Civil Veterinary Dept. Assam report 1927-50 - 1927-1950
Year: 1927
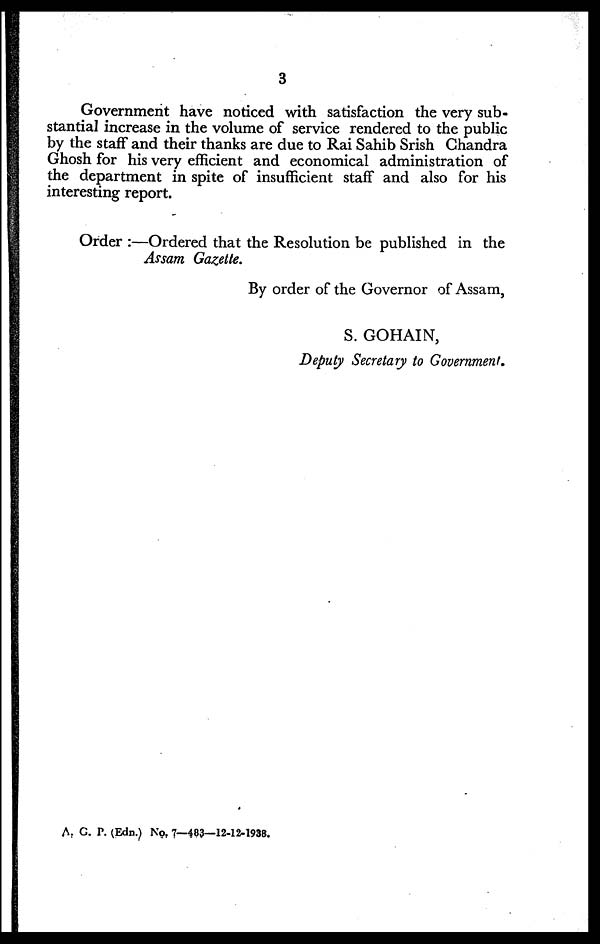
3
Government have noticed with satisfaction the very sub-
stantial increase in the volume of service rendered to the public
by the staff and their thanks are due to Rai Sahib Srish Chandra
Ghosh for his very efficient and economical administration of
the department in spite of insufficient staff and also for his
interesting report.
Order :—Ordered that the Resolution be published in the
Assam Gazette.
By order of the Governor of Assam,
S. GOHAIN,
Deputy Secretary to Government.
A. G. P. (Edn.) No. 7—483—12-12-1938.